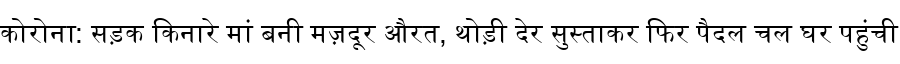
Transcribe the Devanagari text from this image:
कोरोना: सड़क किनारे मां बनी मज़दूर औरत, थोड़ी देर सुस्ताकर फिर पैदल चल घर पहुंची